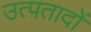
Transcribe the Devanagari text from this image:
उत्पतादों